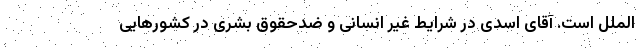
الملل است. آقای اسدی در شرایط غیر انسانی و ضدحقوق بشری در کشورهایی